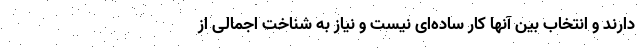
دارند و انتخاب بین آنها کار ساده‌ای نیست و نیاز به شناخت اجمالی از